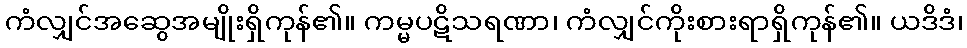
ကံလျှင်အဆွေအမျိုးရှိကုန်၏။ ကမ္မပဋိသရဏာ၊ ကံလျှင်ကိုးစားရာရှိကုန်၏။ ယဒိဒံ၊